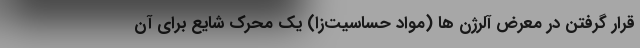
قرار گرفتن در معرض آلرژن ها (مواد حساسیت‌زا) یک محرک شایع برای آن